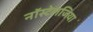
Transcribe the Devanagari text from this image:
नॉस्टेलजिया